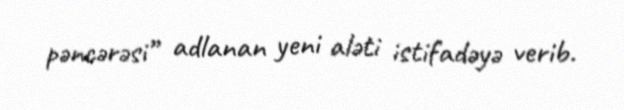
pəncərəsi” adlanan yeni aləti istifadəyə verib.